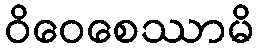
ဝိဝေစေဿာမိ